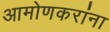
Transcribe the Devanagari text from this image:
आमोणकरांना